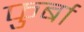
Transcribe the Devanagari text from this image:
फुर्बा